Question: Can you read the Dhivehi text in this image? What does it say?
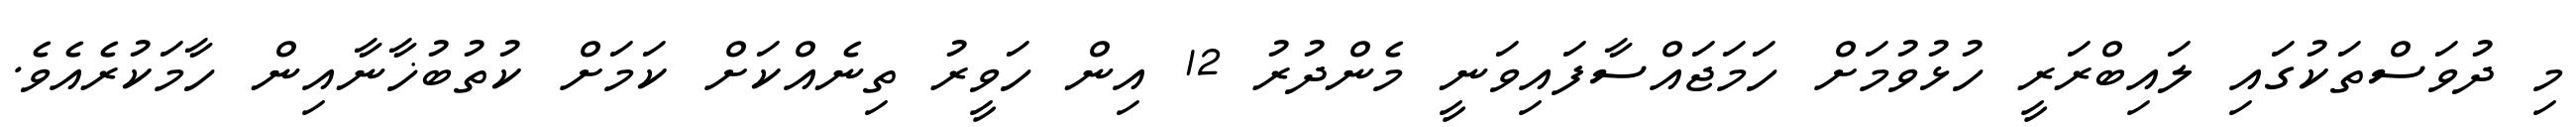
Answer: މި ދުވަސްތަކުގައި ލައިބްރަރީ ހުޅުވުމަށް ހަމަޖައްސާފައިވަނީ މެންދުރު 12 އިން ހަވީރު ތިނެއްކަށް ކަމަށް ކުތުބުޚާނާއިން ހާމަކުރެއެވެ.